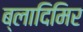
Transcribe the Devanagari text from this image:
ब्लादिमिर